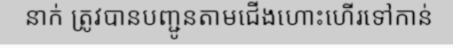
នាក់ ត្រូវបានបញ្ជូនតាមជើងហោះហើរទៅកាន់